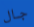
جال